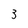
Character: 3